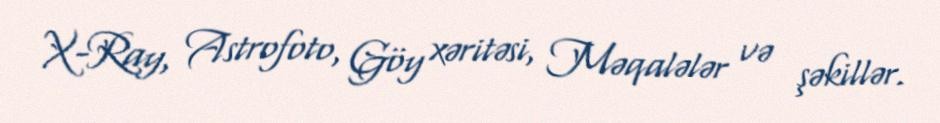
X-Ray, Astrofoto, Göy xəritəsi, Məqalələr və şəkillər.